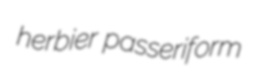
herbier passeriform